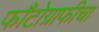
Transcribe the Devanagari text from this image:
फाँटोग्राफीचा